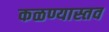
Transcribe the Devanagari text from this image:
कळण्यास्तव